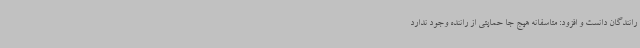
رانندگان دانست و افزود: متاسفانه هیج جا حمایتی از راننده وجود ندارد